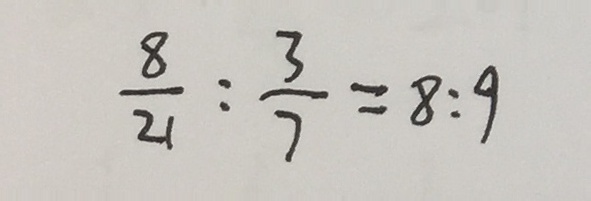
\frac { 8 } { 2 1 } : \frac { 3 } { 7 } = 8 : 9